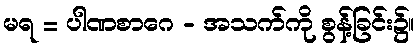
မရ = ပါဏစာဂေ - အသက်ကို စွန့်ခြင်း၌။